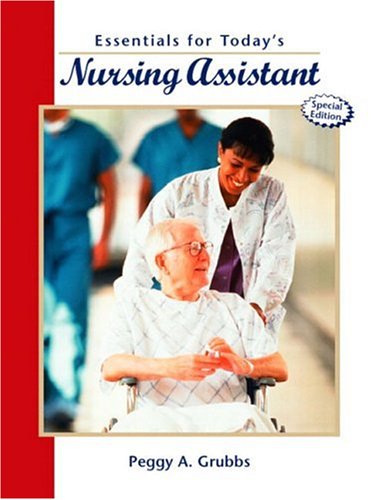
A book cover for Essentials for Today's Nursing Assistant, Special Edition; Peggy A. Grubbs RN  BSN; Medical Books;